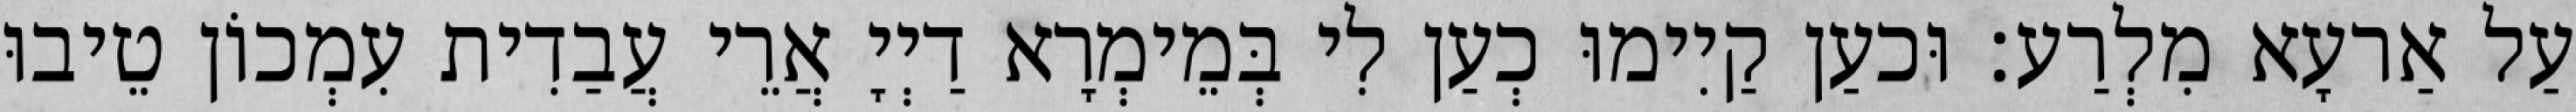
עַל אַרעָא מִלְרַע׃ וּכעַן קַיִימוּ כְעַן לִי בְּמֵימְרָא דַיְיָ אֲרֵי עֲבַדִית עִמְכוֹן טֵיבוּ